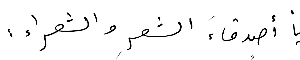
يا أصدقاءَ الشعرِ والشعراء: